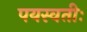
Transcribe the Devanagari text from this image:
पयस्वतीः